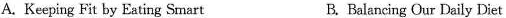
A.Keeping Fit by Eating Smart B.Balancing Our Daily Diet